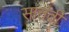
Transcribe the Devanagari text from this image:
सातंवी